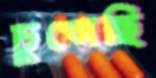
চুপ্‌সেছি